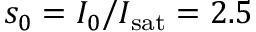
s _ { 0 } = I _ { 0 } / I _ { \mathrm { s a t } } = 2 . 5